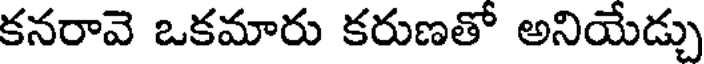
కనరావె ఒకమారు కరుణతో అనియేడ్చు